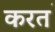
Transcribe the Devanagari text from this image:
करत॓